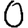
Digit: 0